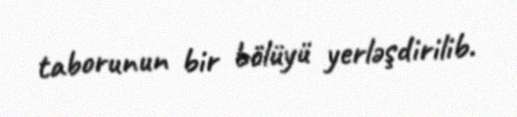
taborunun bir bölüyü yerləşdirilib.